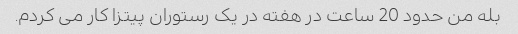
بله من حدود 20 ساعت در هفته در یک رستوران پیتزا کار می کردم.